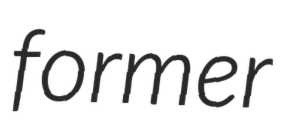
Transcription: former